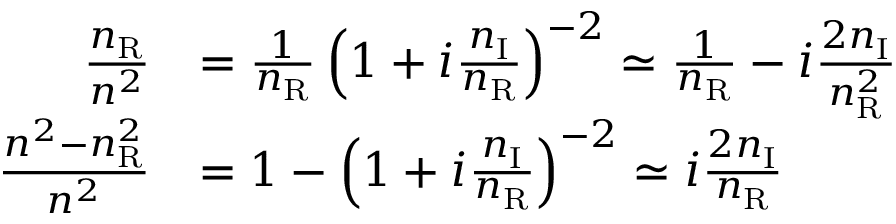
\begin{array} { r l } { \frac { n _ { \mathrm { R } } } { n ^ { 2 } } } & { = \frac { 1 } { n _ { \mathrm { R } } } \left( 1 + i \frac { n _ { \mathrm { I } } } { n _ { \mathrm { R } } } \right) ^ { - 2 } \simeq \frac { 1 } { n _ { \mathrm { R } } } - i \frac { 2 n _ { \mathrm { I } } } { n _ { \mathrm { R } } ^ { 2 } } } \\ { \frac { n ^ { 2 } - n _ { \mathrm { R } } ^ { 2 } } { n ^ { 2 } } } & { = 1 - \left( 1 + i \frac { n _ { \mathrm { I } } } { n _ { \mathrm { R } } } \right) ^ { - 2 } \simeq i \frac { 2 n _ { \mathrm { I } } } { n _ { \mathrm { R } } } } \end{array}